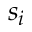
s _ { i }